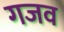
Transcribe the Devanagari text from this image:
गजव